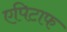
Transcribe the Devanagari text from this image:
एपिटाफ